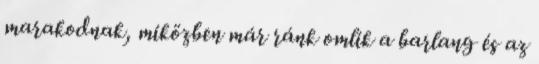
marakodnak, miközben már ránk omlik a barlang és az